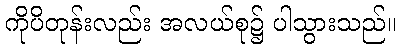
ကိုပိတုန်းလည်း အလယ်စု၌ ပါသွားသည်။